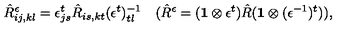
\hat { R } _ { i j , k l } ^ { \epsilon } = \epsilon _ { j s } ^ { t } \hat { R } _ { i s , k t } ( \epsilon ^ { t } ) _ { t l } ^ { - 1 } \quad ( \hat { R } ^ { \epsilon } = ( { \bf 1 } \otimes \epsilon ^ { t } ) \hat { R } ( { \bf 1 } \otimes ( \epsilon ^ { - 1 } ) ^ { t } ) ) ,